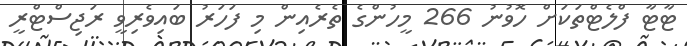
ޓާޓާ ފްލެޓްތަކަށް ހޮވުނު 266 މީހުންގެ ތެރެއިން މި ފަހަރު ބައިވެރިވީ ރަޖިސްޓްރީ